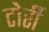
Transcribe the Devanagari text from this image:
टोर्री